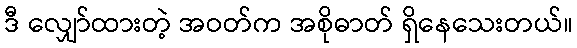
ဒီ လျှော်ထားတဲ့ အဝတ်က အစိုဓာတ် ရှိနေသေးတယ်။